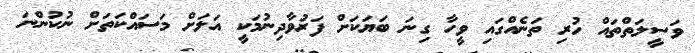
ވަސީލަތްތައް ހުރި ތަނެއްގައި ވީހާ ގިނަ ބަޔަކަށް ފަރުވާދިނުމަކީ އަލަށް މަސައްކަތަށް ނުކުންނަ